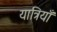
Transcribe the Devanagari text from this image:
यात्रियाँ